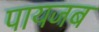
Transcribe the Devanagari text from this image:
पायजब